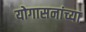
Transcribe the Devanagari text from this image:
योगासनांच्या